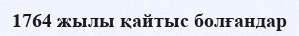
1764 жылы қайтыс болғандар